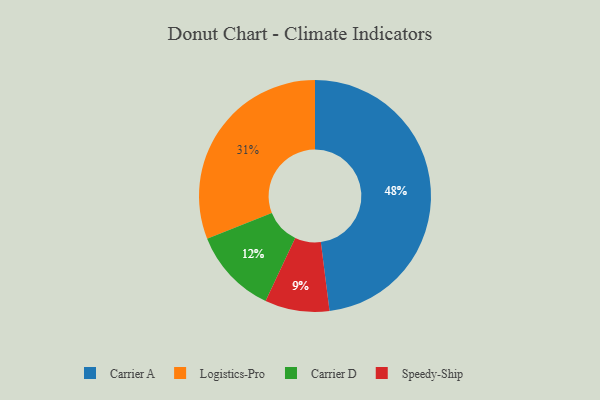
{"axis": {"x": "Category", "y": "Percentage"}, "legend": ["Carrier A", "Carrier D", "Logistics-Pro", "Speedy-Ship"], "data": [{"x": "Logistics-Pro", "y": 31, "type": "Logistics-Pro"}, {"x": "Carrier D", "y": 12, "type": "Carrier D"}, {"x": "Carrier A", "y": 48, "type": "Carrier A"}, {"x": "Speedy-Ship", "y": 9, "type": "Speedy-Ship"}]}